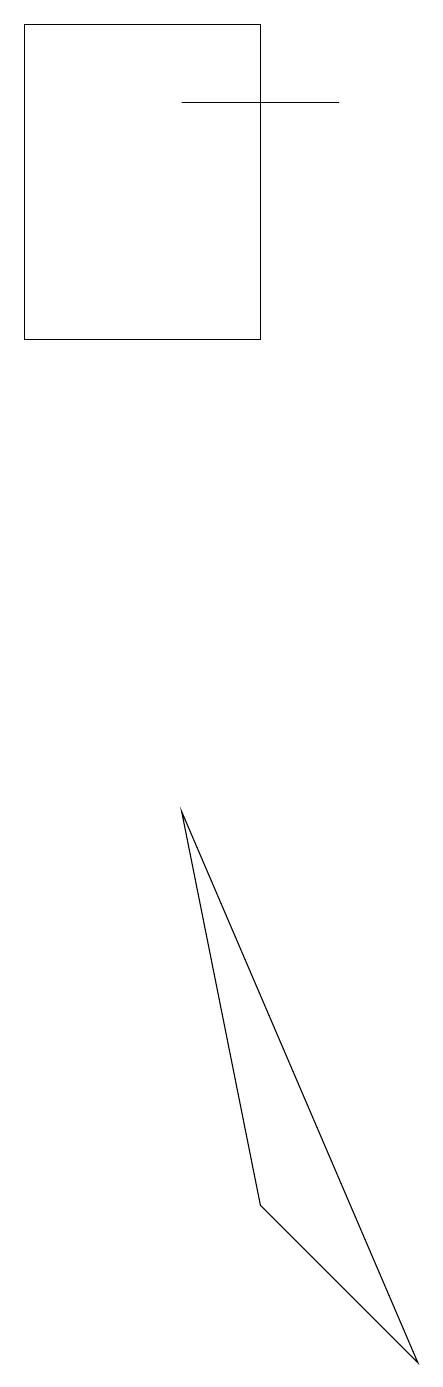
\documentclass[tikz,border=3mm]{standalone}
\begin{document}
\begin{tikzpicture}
\draw (1,17) rectangle (4,13);
\draw (5,16) rectangle (3,16);
\draw (4,2) -- (6,0) -- (3,7) -- cycle;
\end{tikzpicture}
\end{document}